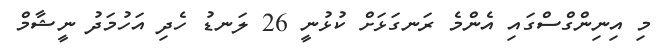
މި އިނިންގްސްގައި އެންމެ ރަނގަޅަށް ކުޅުނީ 26 ލަނޑު ހެދި އަހުމަދު ނީޝާމް